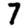
Digit: 7